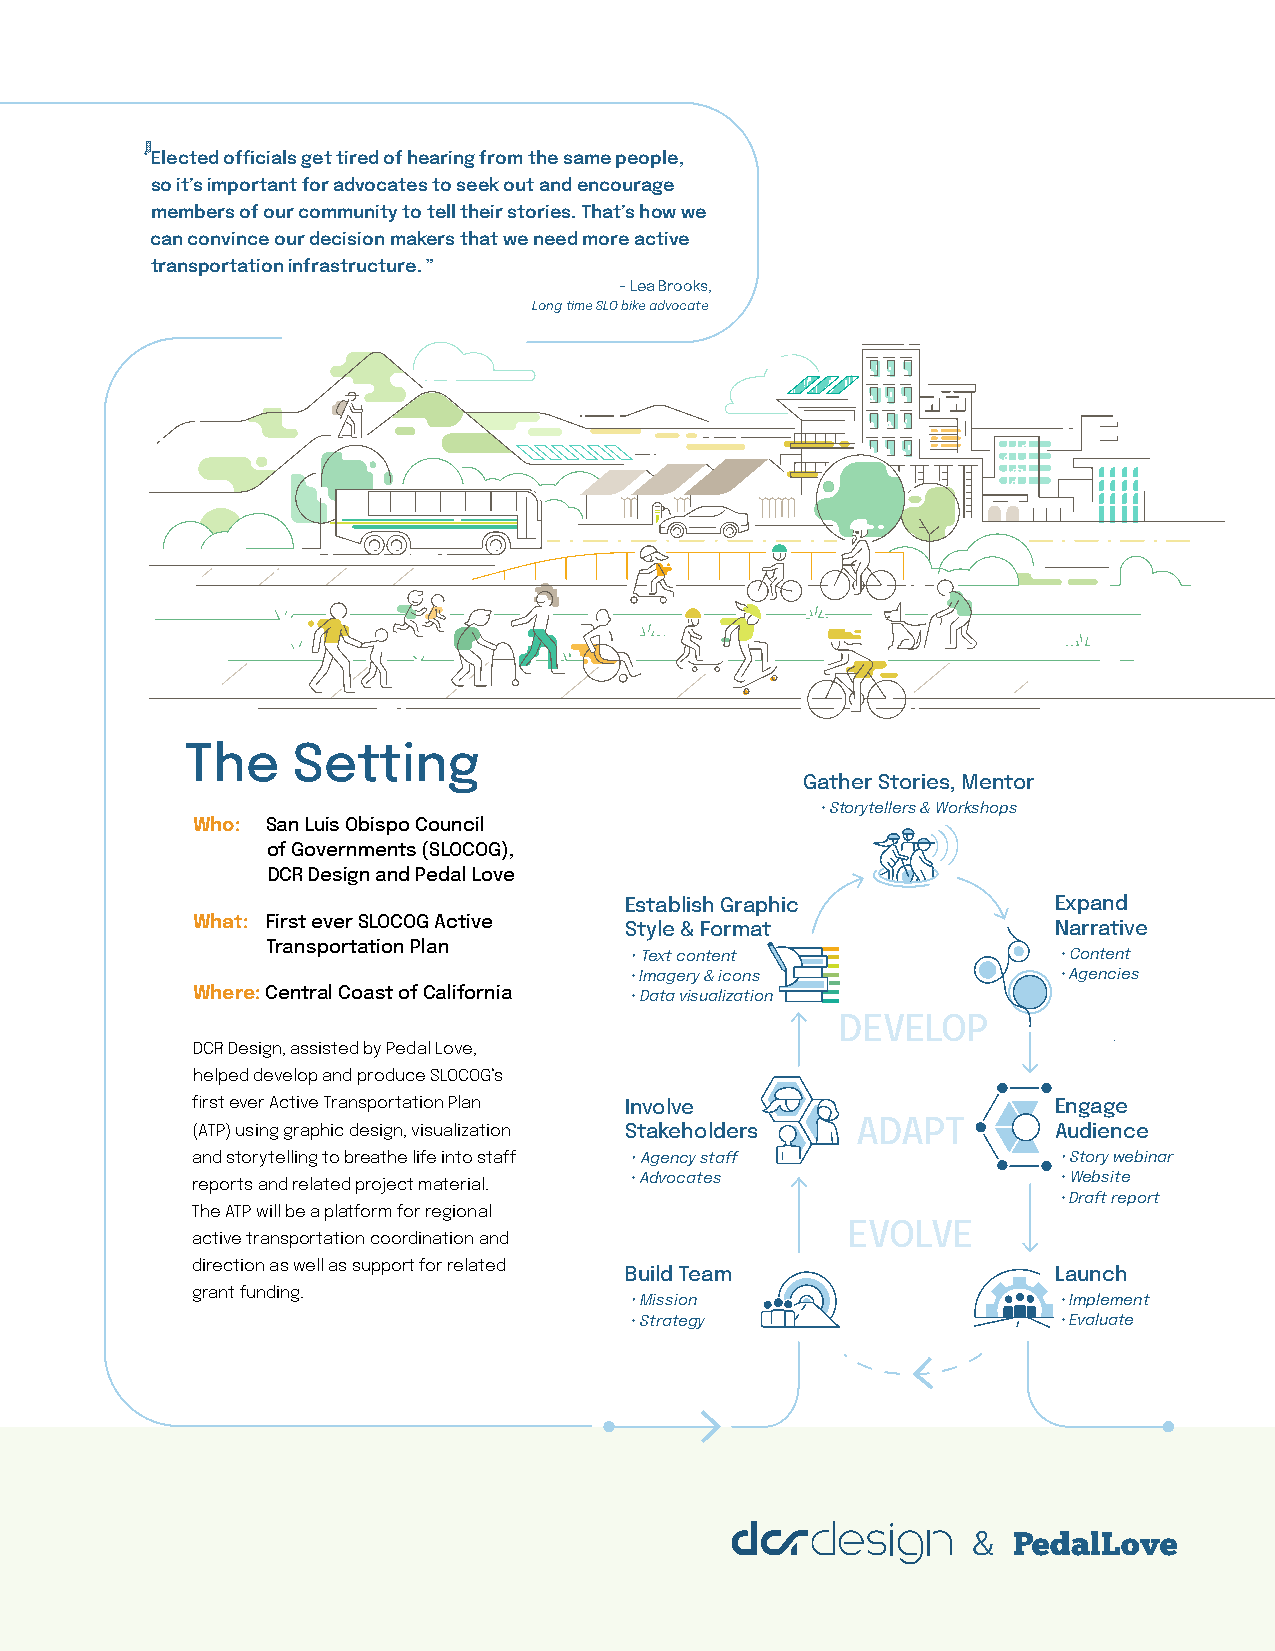
“Elected officials get tired of hearing from the same people,
 so it’s important for advocates to seek out and encourage
 members of our community to tell their stories. That’s how we
 can convince our decision makers that we need more active
 transportation infrastructure. ”
 - Lea Brooks,
 Long time SLO bike advocate
 The    Setting
 Gather Stories, Mentor
 • Storytellers & Workshops
 Who: San Luis Obispo Council
 of Governments (SLOCOG),
 DCR Design and Pedal Love
 Establish Graphic            Expand
 What: First ever SLOCOG Active Style & Format            Narrative
 Transportation Plan
 • Text content              • Content
 • Imagery & icons           • Agencies
 Where: Central Coast of California • Data visualization
 DEVELOP
 DCR Design, assisted by Pedal Love,
 helped develop and produce SLOCOG’s
 first ever Active Transportation Plan Involve            Engage
 (ATP) using graphic design, visualization Stakeholders ADAPT Audience
 and storytelling to breathe life into staff • Agency staff • Story webinar
 reports and related project material. • Advocates        • Website
 • Draft report
 The ATP will be a platform for regional
 EVOLVE
 active transportation coordination and
 direction as well as support for related
 Build Team                   Launch
 grant funding.
 • Mission                   • Implement
 • Strategy                  • Evaluate
 &  PedalLove